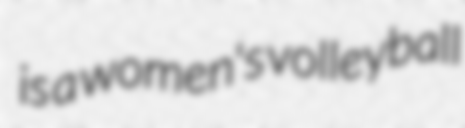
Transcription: is a women's volleyball